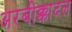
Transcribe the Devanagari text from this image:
अरबीक्कादल